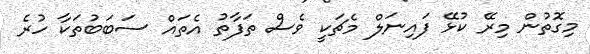
މިގޮތުން މިރޭ ކުޅޭ ފައިނަލް މެޗަކީ ވެސް ތަފާތު އެތައް ސަބަބުތަކާ ހުރެ